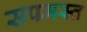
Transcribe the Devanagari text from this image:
सपमस्त